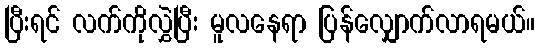
ပြီးရင် လက်ကိုလွှဲပြီး မူလနေရာ ပြန်လျှောက်လာရမယ်။